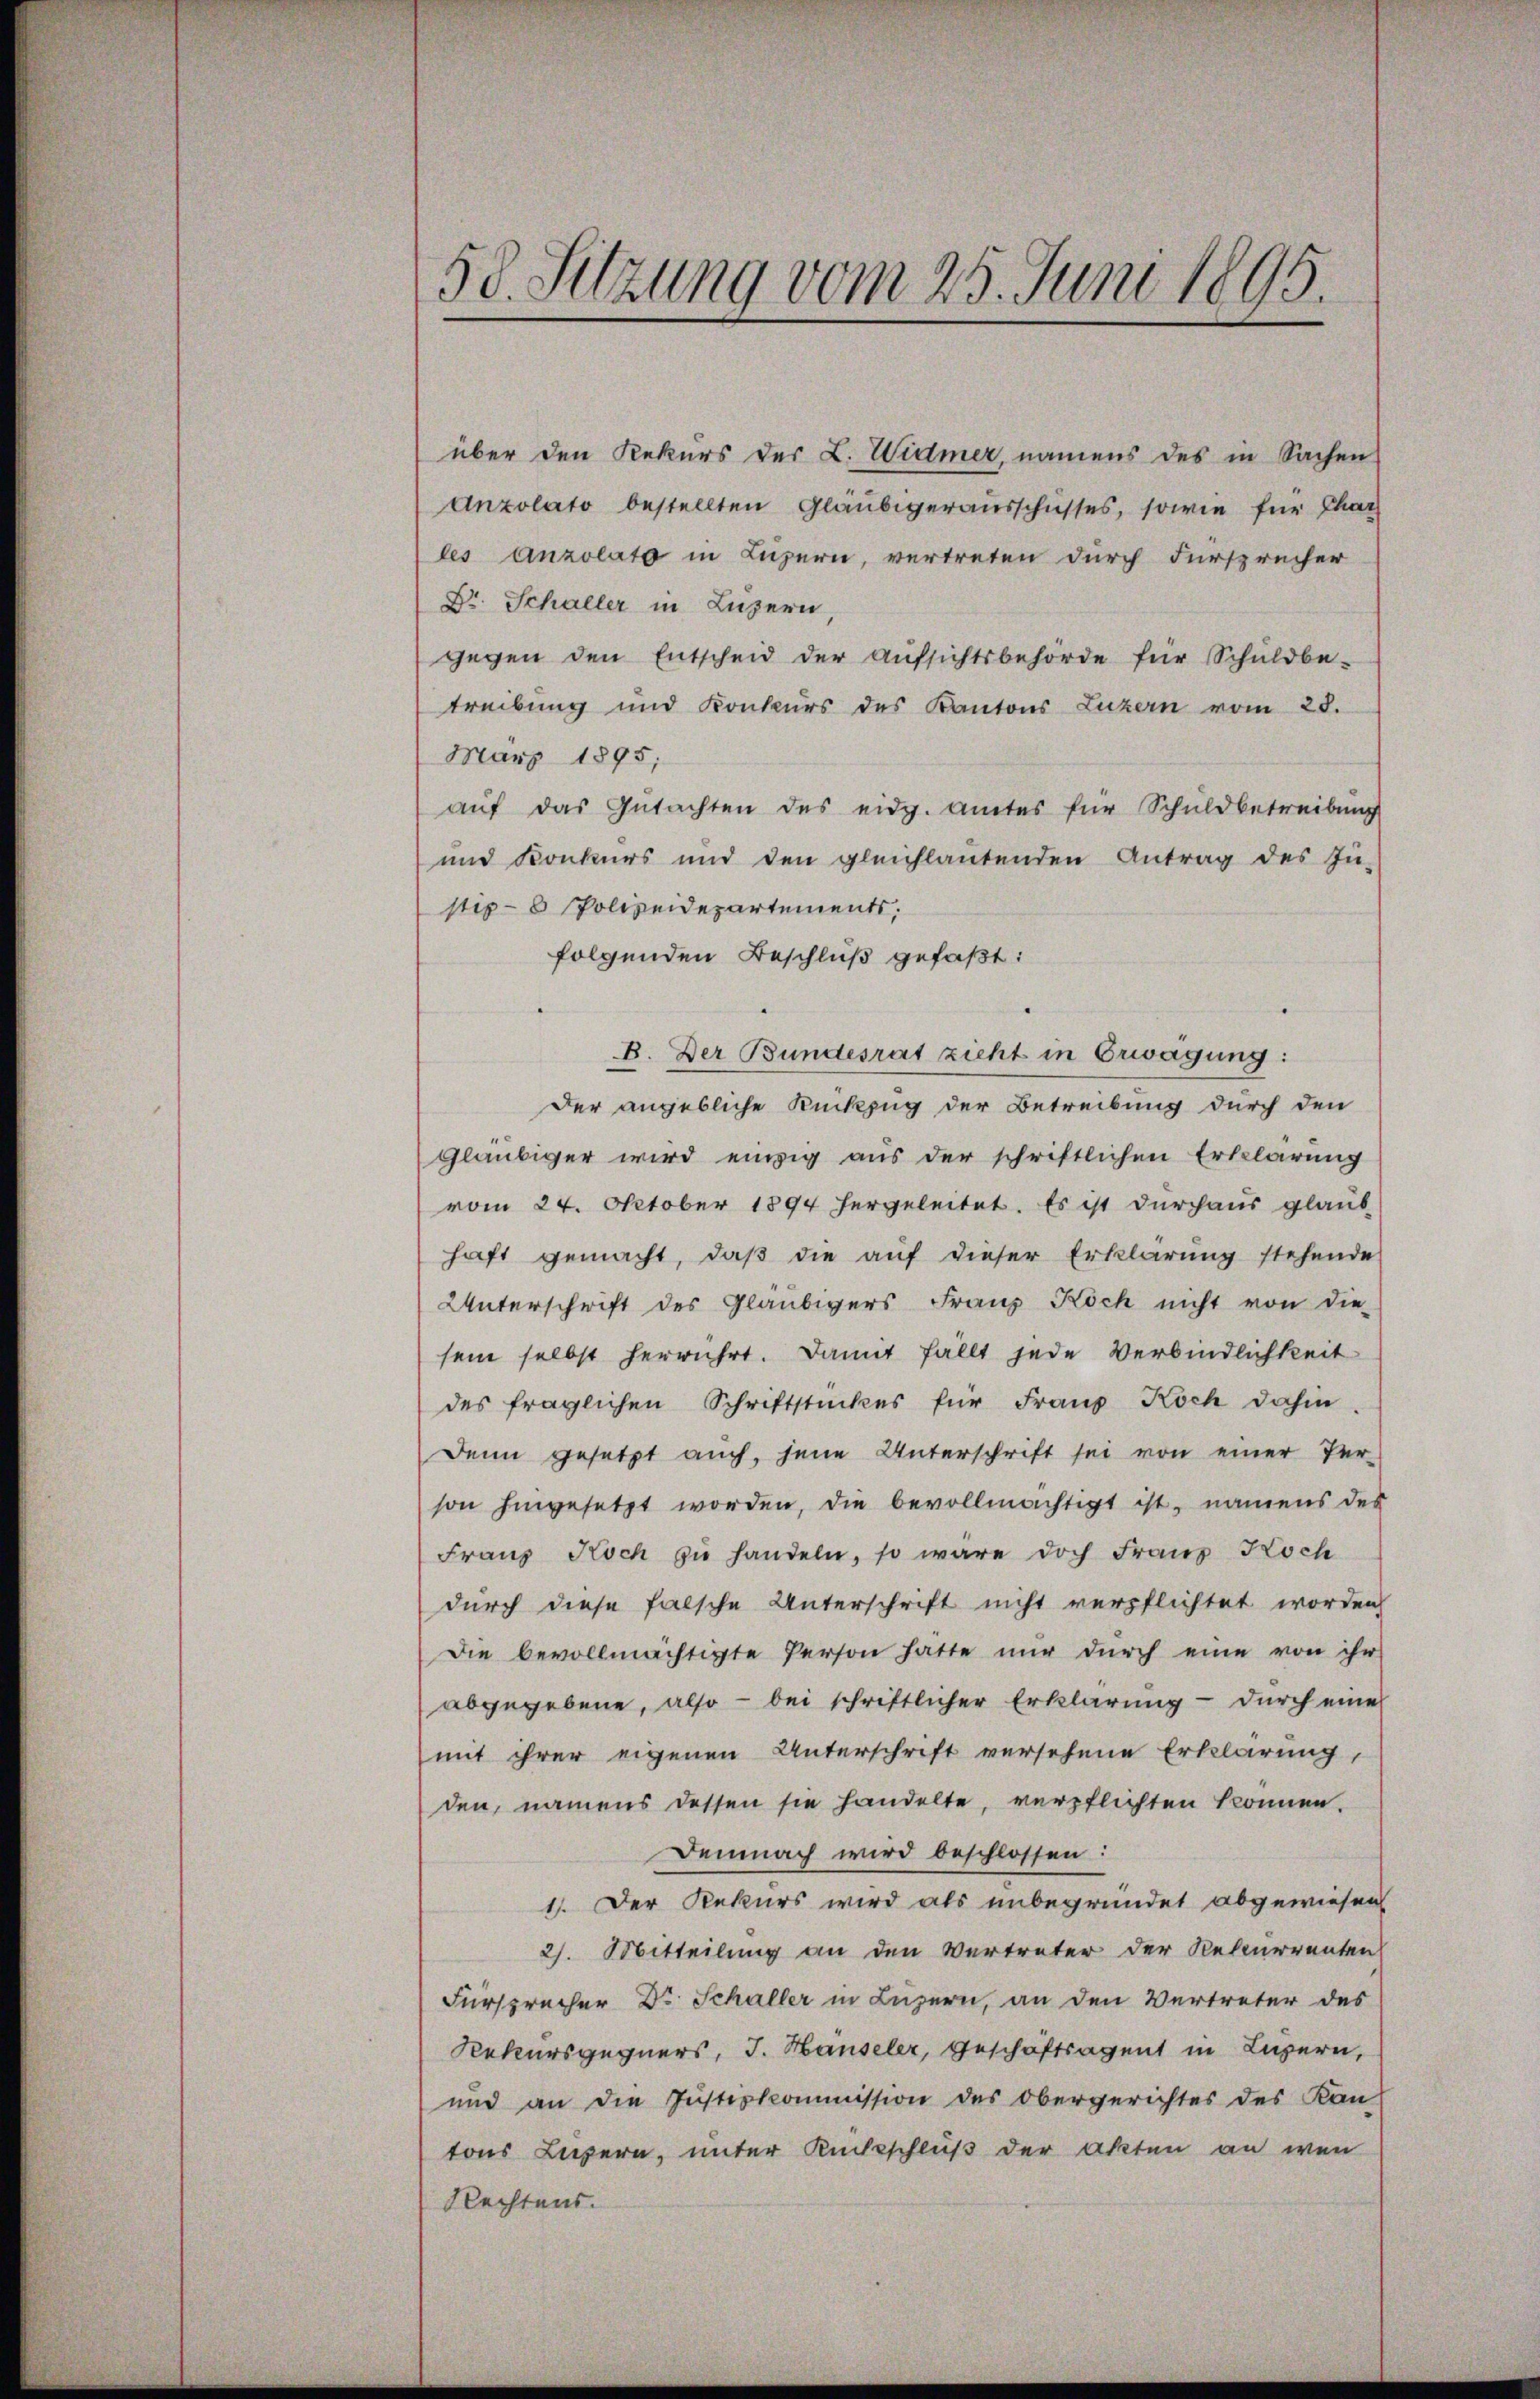
58. Sitzung vom 25. Juni 1895.

über den Rekurs der L. Widmer, namens des in Sachen
Anzolato bestellten Gläubigerausschusses, sowie für Char
les anzolato in Luzern, vertreten durch Fürsprücher
Dr. Schaller in Luzern
gegen den Entscheid der Aŭfsichtsbehörde für Schŭldbe-
treibung und Konkurs des Kantons Luzern vom 28.
März 1895;
aŭf das Gŭtachten des eidg. Amtes für Schuldbetreibŭng
und Konkurs und den gleichlantenden Antrag des In-
sip- 8 Polizeidepartements,
folgenden Beschluß gefaßt:
B. Der Bundesrat zieht in Erwägung:
Der angebliche Rückzug der Betreibung durch den
Gläubiger wird einzig aus der schriftlichen Erklärung
vom 24. Oktober 1894 hergeleitet. Es ist durchaus glaub-
haft gemacht, daβ die auf dieser Erklärung stehende
Unterschrift des Gläubigers Franz Koch nicht von die-
sein selbst herrührt. Damit fällt jede Verbindlichkeit
des fraglichen Schriftstückes für Franz Koch dahin
Denn gesetzt aŭch, jene Unterschrift sei von einer Ver-
son hingesetzt worden, die bevollmächtigt ist, namens des
Franz Koch zu handeln, so wäre doch Franz Koch
durch diese falsche Unterschrift nicht verpflichtet worden
Die bevollmächtigte Person hätte nŭr dŭrch eine von ihr
abgegebene, also - bei schriftlicher Erklärung - durch eine
mit ihrer eigenen Unterschrift versehene Erklärung
den, namens dessen sie handelte, verpflichten können.
Demnach wird beschlossen:
1). Der Rekurs wird als unbegründet abgewiesen
2. Mitteilung an den Vertreter der Rekurrenten
Fürsprecher Dr. Schaller in Luzern, an den Vertreter des
Rekursgegners, J. Häuseler, Geschäftsagent in Luzern,
und an die Justizkommission des Obergerichtes des Kan
tons Luzern, unter Rückschluß der Akten an wen
Rechtens.